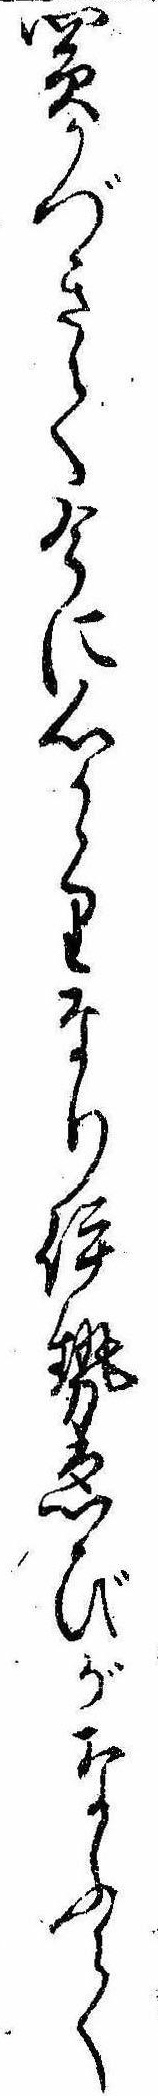
買かづきて今に心かゝりなり伊勢ゑびがなふて